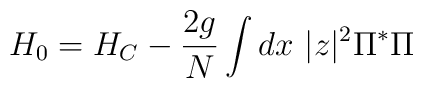
H_{0} = H_{C} - \frac{2g}{N}\int dx~ |z|^{2}\Pi^{*} \Pi